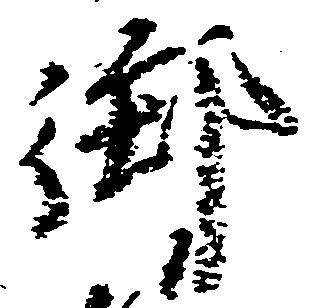
御